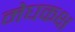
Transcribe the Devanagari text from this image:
मेघकक्ष